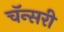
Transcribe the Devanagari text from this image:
चॅन्सरी